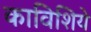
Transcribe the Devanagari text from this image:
काविशिये